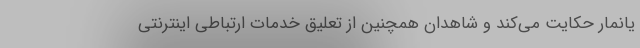
یانمار حکایت می‌کند و شاهدان همچنین از تعلیق خدمات ارتباطی اینترنتی